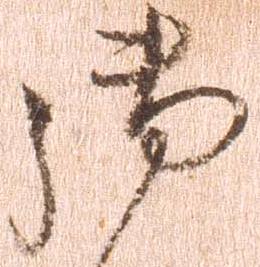
御